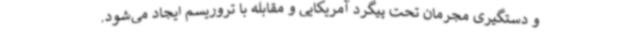
و دستگیری مجرمان تحت پیگرد آمریکایی و مقابله با تروریسم ایجاد می‌شود.